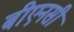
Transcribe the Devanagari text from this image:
बीएनसी